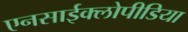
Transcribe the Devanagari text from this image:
एनसाईक्लोपीडिया